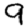
Digit: 9